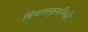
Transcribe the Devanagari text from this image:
निजतानुरागिनी